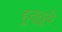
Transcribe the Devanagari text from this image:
हुतूतूचे